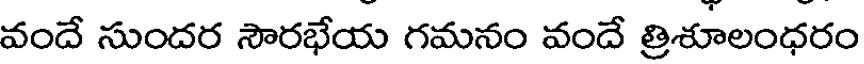
వందే సుందర సౌరభేయ గమనం వందే త్రిశూలంధరం